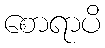
စောရာပိ